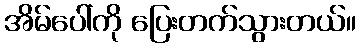
အိမ်ပေါ်ကို ပြေးတက်သွားတယ်။